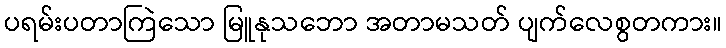
ပရမ်းပတာကြဲသော မြူနုသဘော အတာမသတ် ပျက်လေစွတကား။